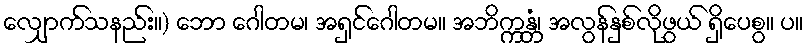
လျှောက်သနည်း။) ဘော ဂေါတမ၊ အရှင်ဂေါတမ။ အဘိက္ကန္တံ၊ အလွန်နှစ်လိုဖွယ် ရှိပေစွ။ ပ။